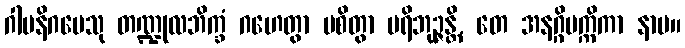
ဂါမနိဂမေသု တဏ္ဍုလဘိက္ခံ ဂဟေတွာ ပစိတွာ ပရိဘုဉ္ဇန္တိ, တေ အနဂ္ဂိပက္ကိကာ နာမ။